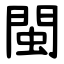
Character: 閩